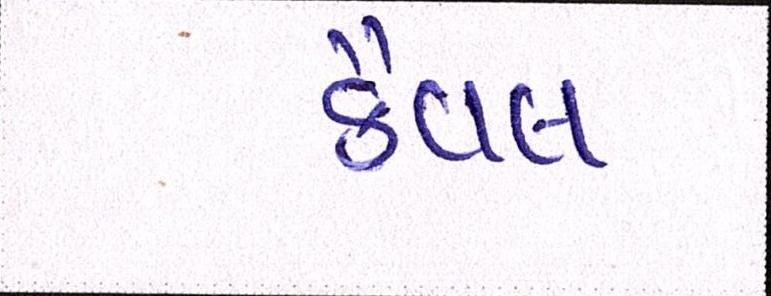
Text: કૈવલ